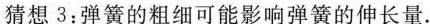
猜想3：弹簧的粗细可能影响弹簧的伸长量。